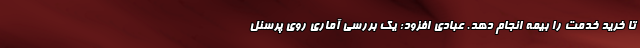
تا خرید خدمت را بیمه انجام دهد. عبادی افزود: یک بررسی آماری روی پرسنل